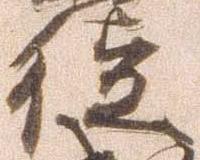
徒